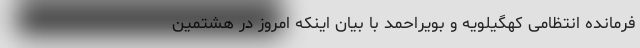
فرمانده انتظامی کهگیلویه و بویراحمد با بیان اینکه امروز در هشتمین